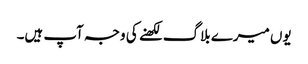
یوں میرے بلاگ لکھنے کی وجہ آپ ہیں۔